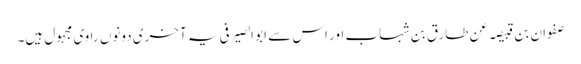
صفوان بن قبیصہ عن طارق بن شہاب اور اس سے ابو الصیرفی یہ آخری دونوں راوی مجہول ہیں۔